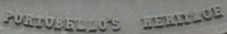
PORTVBELLO'S HERITLOE